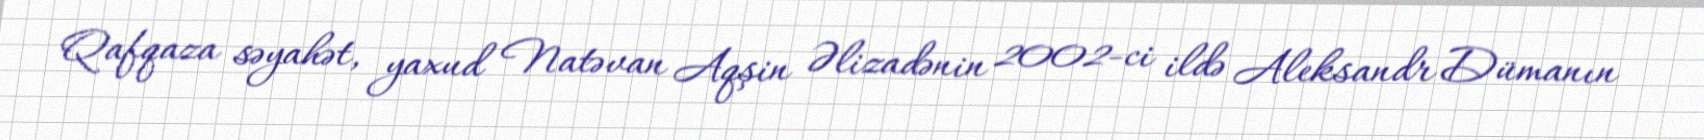
Qafqaza səyahət, yaxud Natəvan Aqşin Əlizadənin 2002-ci ildə Aleksandr Dümanın